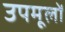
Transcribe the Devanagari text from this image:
उपमूलों